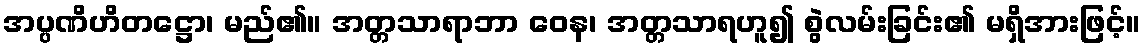
အပ္ပဏိဟိတဋ္ဌော၊ မည်၏။ အတ္တသာရာဘာ ဝေန၊ အတ္တသာရဟူ၍ စွဲလမ်းခြင်း၏ မရှိအားဖြင့်။